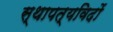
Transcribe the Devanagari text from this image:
स्थापत्यविदों